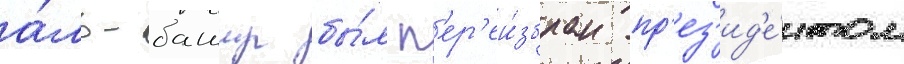
а́ль-башир бы́л п'ер'еи́збран пр'ез'ид'е́нтом